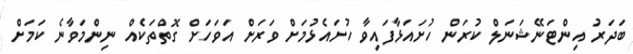
ބަދަރު އިންޓަނޭޝަނަލް ކުރަން ހުށައަޅާފައިވާ ހުށައެޅުމަށް ވަރަށް އަވަހަށް ގޮތްތަކެއް ނިންމަވާނެ ކަމަށް